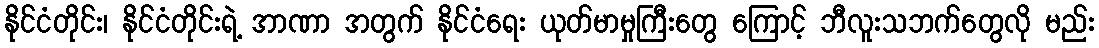
နိုင်ငံတိုင်း၊ နိုင်ငံတိုင်းရဲ့ အာဏာ အတွက် နိုင်ငံရေး ယုတ်မာမှုကြီးတွေ ကြောင့် ဘီလူးသဘက်တွေလို မည်း